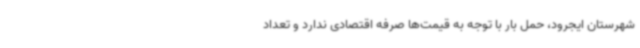
شهرستان ایجرود، حمل بار با توجه به قیمت‌ها صرفه اقتصادی ندارد و تعداد